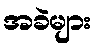
အခဲများ